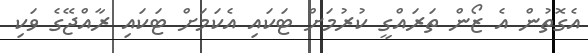
އެގޮތުން އެ ޒޯން ތަރައްގީ ކުރުމަށް ޓަކައި އެކަމަށް ޓަކައި ރާއްޖޭގެ ވަކި